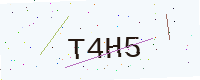
Text: T4H5